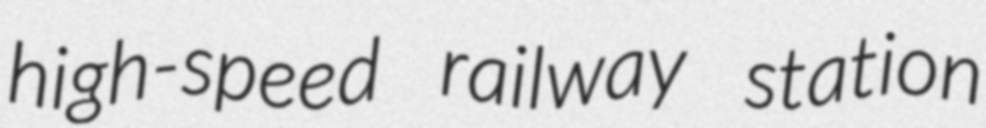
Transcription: high-speed railway station